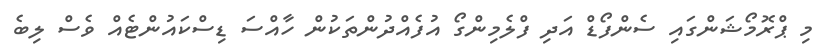
މި ޕްރޮމޯޝަންގައި ސެންފޯޑް އަދި ފްލެމިންގޯ އުފެއްދުންތަކުން ހާއްސަ ޑިސްކައުންޓެއް ވެސް ލިބެ